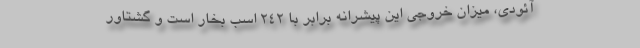
آئودی، میزان خروجی این پیشرانه برابر با 242 اسب بخار است و گشتاور